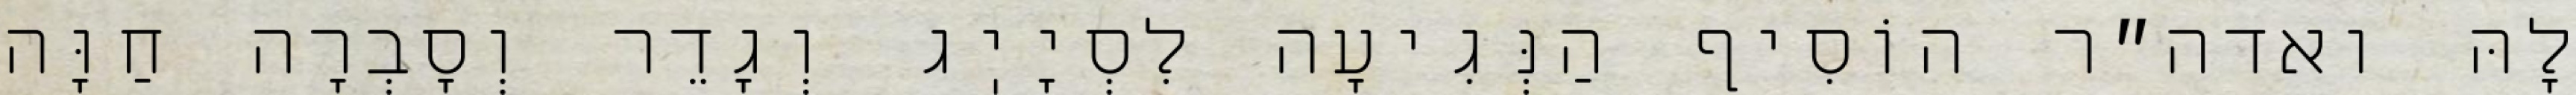
לָהּ ואדה״ר הוֹסִיף הַנְּגִיעָה לִסְיָיֽג וְגָדֵר וְסָבְרָה חַוָּה